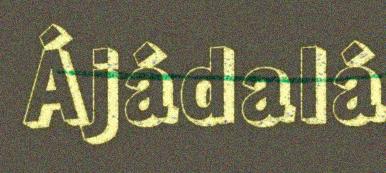
Ájádalá